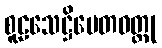
စူဠသေဋ္ဌိပေတဝတ္ထု